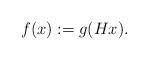
\begin{align*}f(x) := g(Hx).\end{align*}